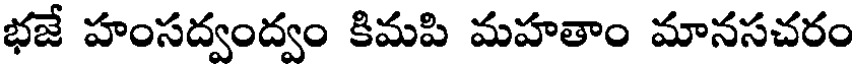
భజే హంసద్వంద్వం కిమపి మహతాం మానసచరం